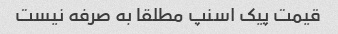
قیمت پیک اسنپ مطلقا به صرفه نیست